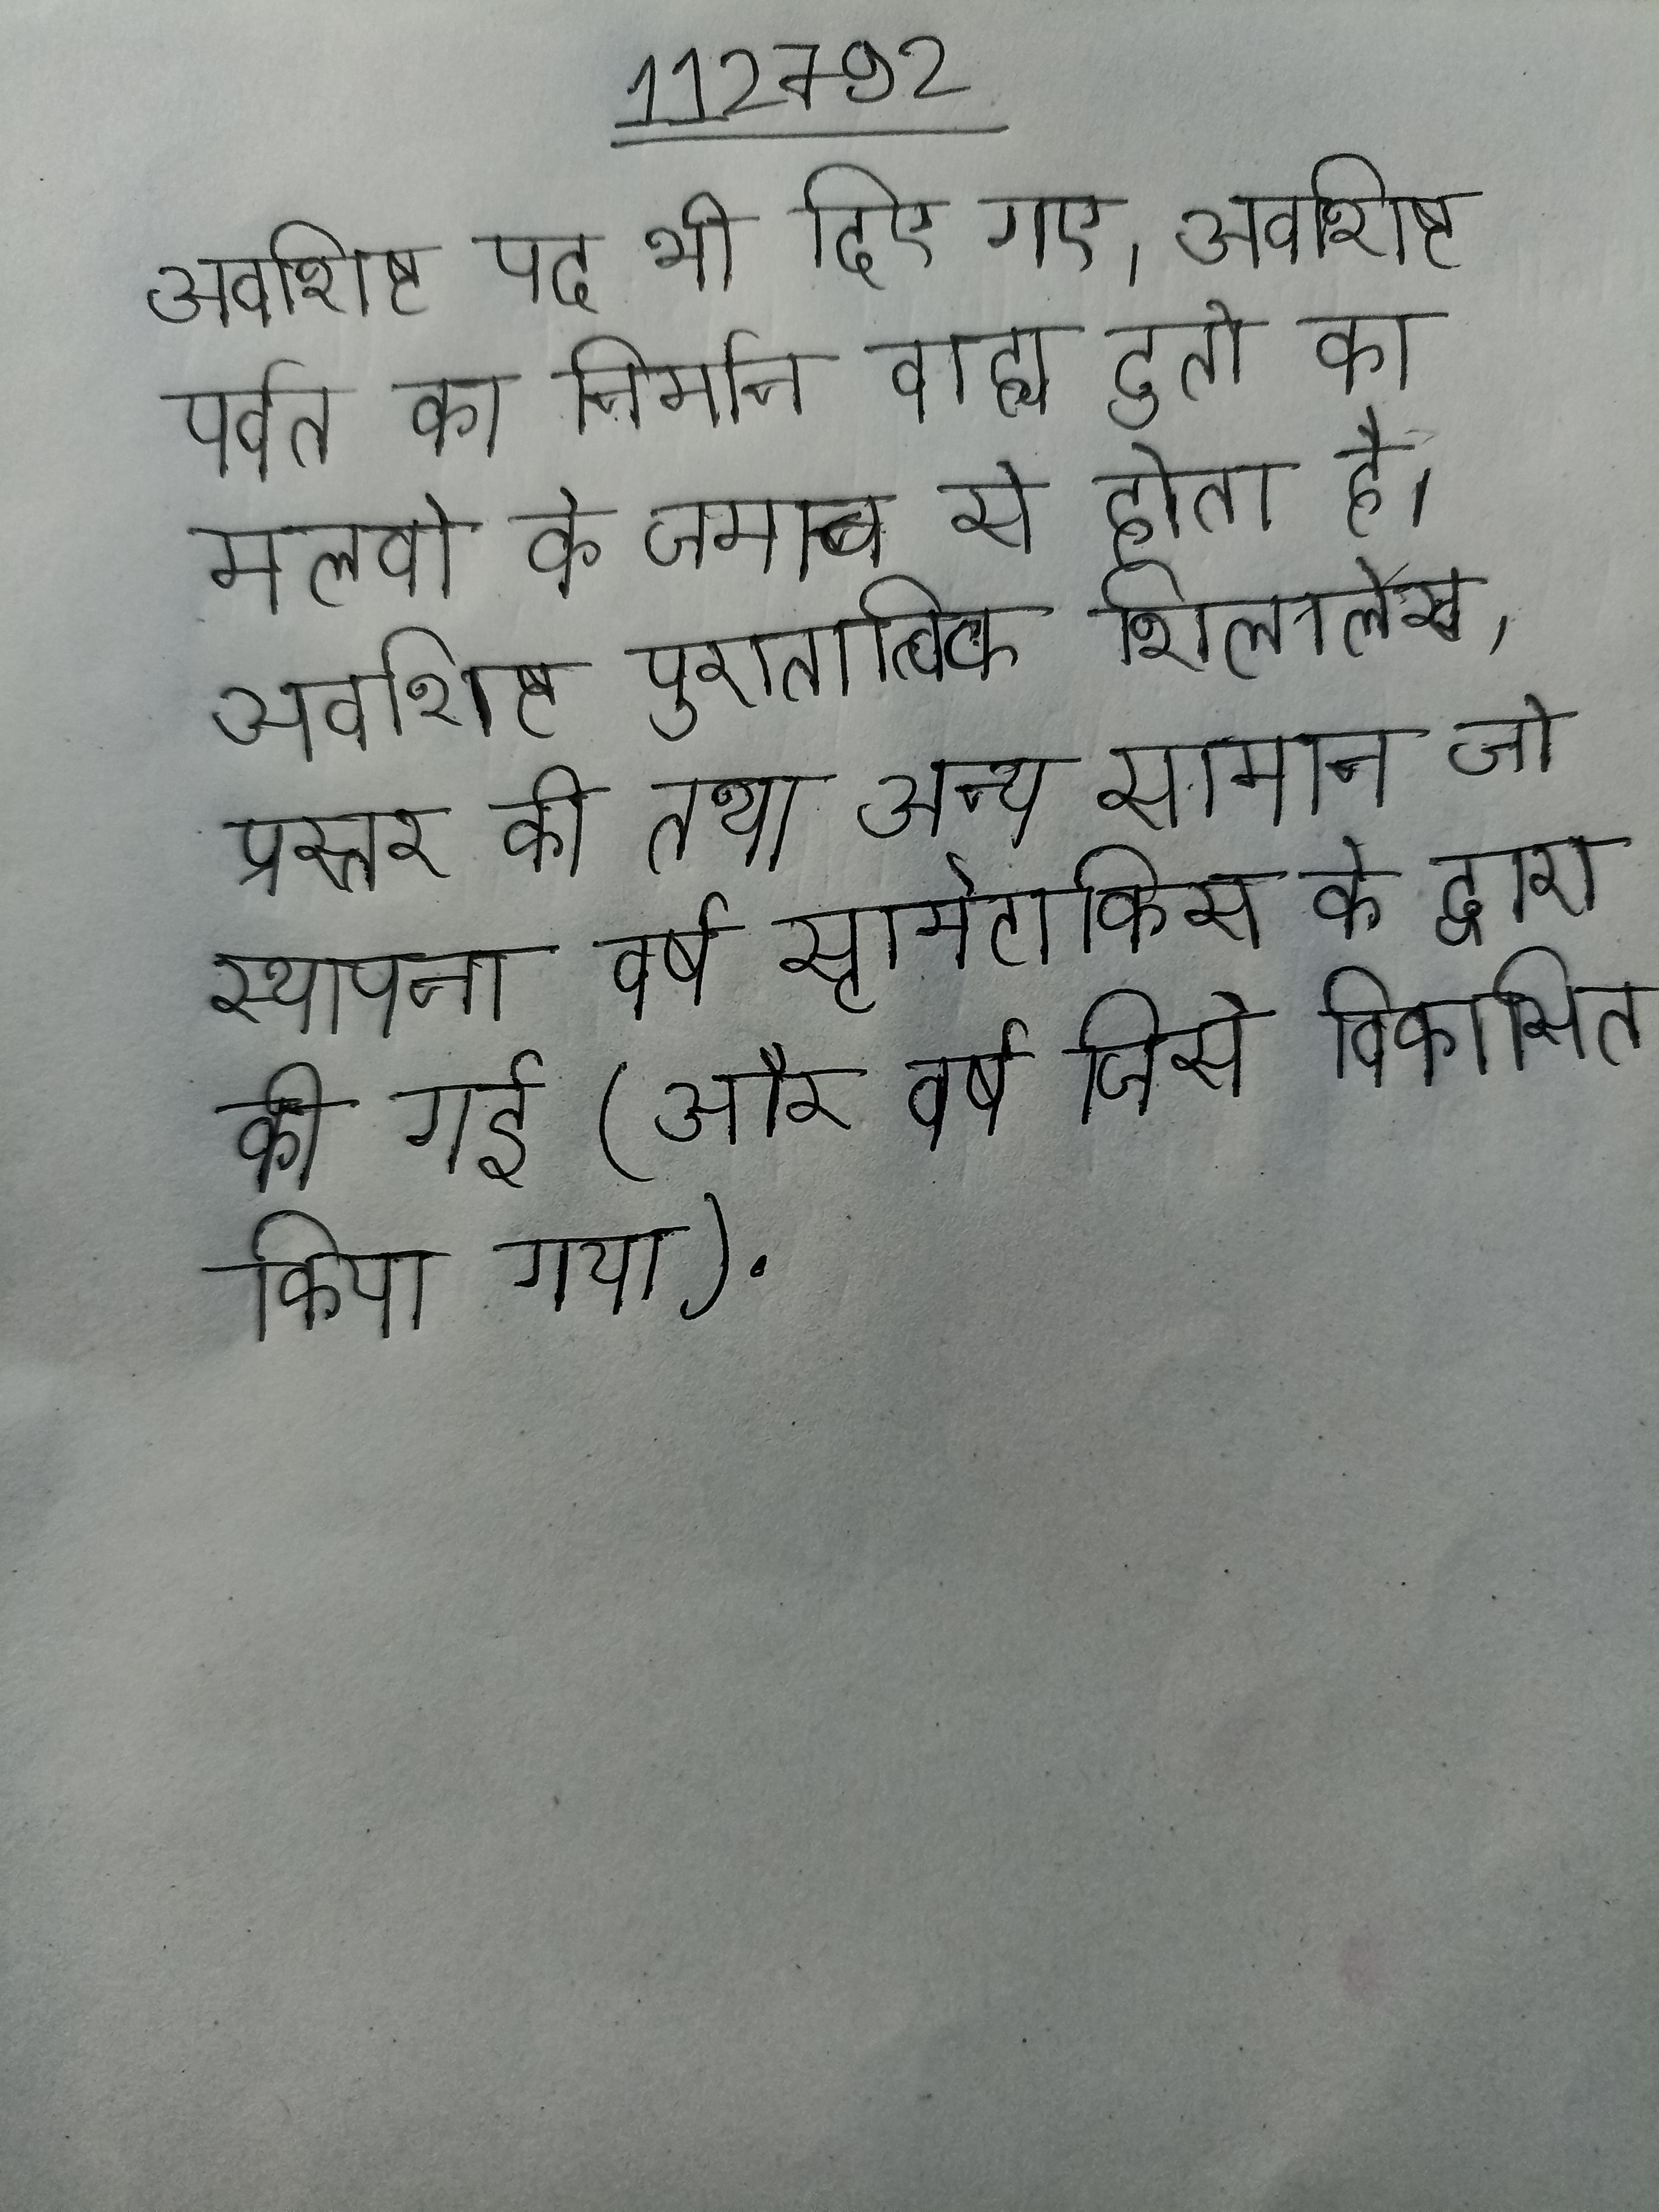
अवशिष्ट पद भी दिए गए । अवशिष्ट पर्वत का निर्मान वाह्य दुतो के मलवो के जमाव से होता है । अवशिष्ट पुरातात्विक शिलालेख, प्रस्तर की तथा अन्य सामान जो स्थानीय जिसकी स्थापना वर्ष स्टामेटाकिस के द्वारा की गई (और वर्ष जिसे विकसित किया गया) .